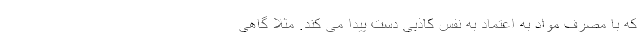
که با مصرف مواد به اعتماد به نفس کاذبی دست پیدا می کند. مثلا گاهی